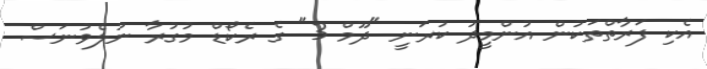
އެކި ފަރާތްތަކުން އުންމީދު ކުރަނީ "ދޫމް 3" ގެ ރެކޯޑް މުގުރާ ނުލެވުނަސް